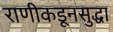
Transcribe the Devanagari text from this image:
राणीकडूनसुद्धा